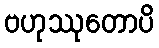
ဗဟုဿုတောပိ